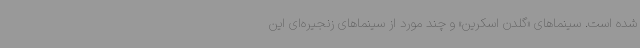
شده است. سینماهای «گلدن اسکرین» و چند مورد از سینماهای زنجیره‌ای این